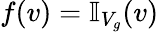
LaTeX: f(v)=\mathbb{I}_{V_{g}}(v)